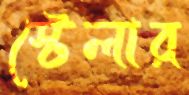
স্টেলার